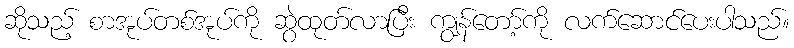
ဆိုသည့် စာအုပ်တစ်အုပ်ကို ဆွဲထုတ်လာပြီး ကျွန်တော့်ကို လက်ဆောင်ပေးပါသည်။